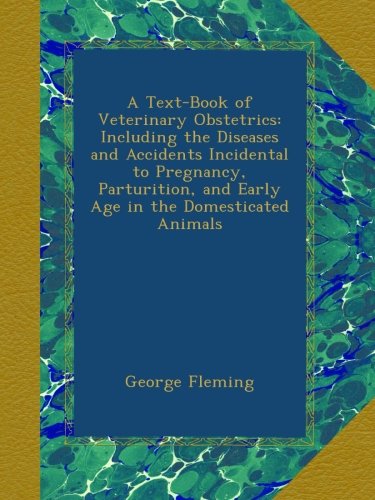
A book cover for A Text-Book of Veterinary Obstetrics: Including the Diseases and Accidents Incidental to Pregnancy, Parturition, and Early Age in the Domesticated Animals; George Fleming; Medical Books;